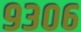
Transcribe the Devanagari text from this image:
९३०६